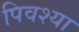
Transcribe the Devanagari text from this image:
पिवश्या